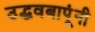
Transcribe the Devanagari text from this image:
उद्धवबापूंनी